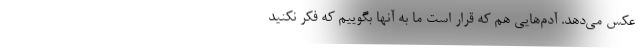
عکس می‌دهد. آدم‌هایی هم که قرار است ما به آنها بگوییم که فکر نکنید